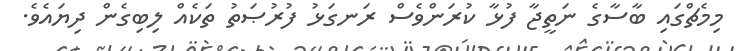
މިމެޗްގައި ބާސާގެ ނަތީޖާ ފުޅާ ކުރަންވެސް ރަނގަޅު ފުރުޞަތު ތަކެއް ލިބިގެން ދިޔައެވެ.